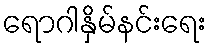
ရောဂါနှိမ်နင်းရေး